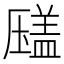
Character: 𰆫